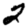
Digit: 2